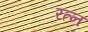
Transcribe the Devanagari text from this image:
रत्‍न